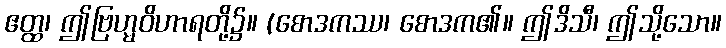
ဧတ္ထ၊ ဤဗြဟ္မဝိဟာရတို့၌။ (စောဒကဿ၊ စောဒက၏။ ဤဒိသီ၊ ဤသို့သော။